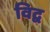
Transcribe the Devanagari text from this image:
विद्व